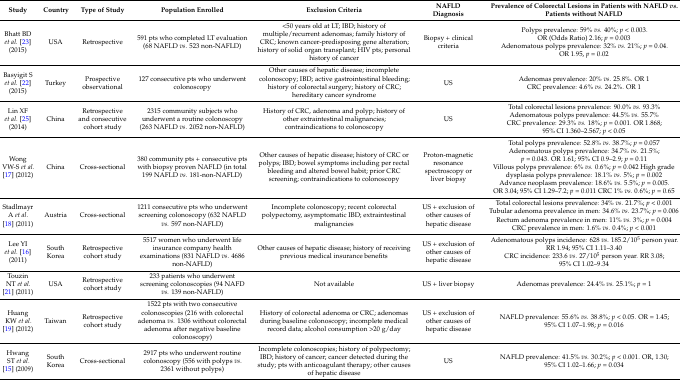
<table><thead><tr><td><b>Study</b></td><td><b>Country</b></td><td><b>Type of Study</b></td><td><b>Population Enrolled</b></td><td><b>Exclusion Criteria</b></td><td><b>NAFLD Diagnosis</b></td><td><b>Prevalence of Colorectal Lesions in Patients with NAFLD <i>vs.</i> Patients without NAFLD</b></td></tr></thead><tbody><tr><td>Bhatt BD <i>et al.</i> [23] (2015)</td><td>USA</td><td>Retrospective</td><td>591 pts who completed LT evaluation (68 NAFLD <i>vs.</i> 523 non-NAFLD)</td><td>&lt;50 years old at LT; IBD; history of multiple/recurrent adenomas; family history of CRC; known cancer-predisposing gene alteration; history of solid organ transplant; HIV pts; personal history of cancer</td><td>Biopsy + clinical criteria</td><td>Polyps prevalence: 59% <i>vs.</i> 40%; <i>p</i> &lt; 0.003. OR (Odds Ratio) 2.16; <i>p</i> = 0.003 Adenomatous polyps prevalence: 32% <i>vs.</i> 21%; <i>p</i> = 0.04. OR 1.95, <i>p</i> = 0.02</td></tr><tr><td>Basyigit S <i>et al.</i> [22] (2015)</td><td>Turkey</td><td>Prospective observational</td><td>127 consecutive pts who underwent colonoscopy</td><td>Other causes of hepatic disease; incomplete colonoscopy; IBD; active gastrointestinal bleeding; history of colorectal surgery; history of CRC; hereditary cancer syndrome</td><td>US</td><td>Adenomas prevalence: 20% <i>vs.</i> 25.8%. OR 1 CRC prevalence: 4.6% <i>vs.</i> 24.2%. OR 1</td></tr><tr><td>Lin XF <i>et al</i>. [25] (2014)</td><td>China</td><td>Retrospective and consecutive cohort study</td><td>2315 community subjects who underwent a routine colonoscopy (263 NAFLD <i>vs.</i> 2052 non-NAFLD)</td><td>History of CRC, adenoma and polyp; history of other extraintestinal malignancies; contraindications to colonoscopy</td><td>US</td><td>Total colorectal lesions prevalence: 90.0% <i>vs.</i> 93.3% Adenomatous polyps prevalence: 44.5% <i>vs.</i> 55.7% CRC prevalence: 29.3% <i>vs.</i> 18%; <i>p</i> = 0.001. OR 1.868; 95% CI 1.360–2.567; <i>p</i> &lt; 0.05</td></tr><tr><td>Wong VW-S <i>et al</i>. [17] (2012)</td><td>China</td><td>Cross-sectional</td><td>380 community pts + consecutive pts with biopsy proven NAFLD (in total 199 NAFLD <i>vs.</i> 181-non-NAFLD)</td><td>Other causes of hepatic disease; history of CRC or polyps; IBD; bowel symptoms including per rectal bleeding and altered bowel habit; prior CRC screening; contraindications to colonoscopy</td><td>Proton-magnetic resonance spectroscopy or liver biopsy</td><td>Total polyps prevalence: 52.8% <i>vs.</i> 38.7%; <i>p</i> = 0.057 Adenomatous polyps prevalence: 34.7% <i>vs.</i> 21.5%; <i>p</i> = 0.043. OR 1.61; 95% CI 0.9–2.9; <i>p</i> = 0.11 Villous polyps prevalence: 6% <i>vs.</i> 0.6%; <i>p</i> = 0.042 High grade dysplasia polyps prevalence: 18.1% <i>vs.</i> 5%; <i>p</i> = 0.002 Advance neoplasm prevalence: 18.6% <i>vs.</i> 5.5%; <i>p</i> = 0.005. OR 3.04; 95% CI 1.29–7.2; <i>p</i> = 0.011 CRC 1% <i>vs.</i> 0.6%; <i>p</i> = 0.65</td></tr><tr><td>Stadlmayr A <i>et al.</i> [18] (2011)</td><td>Austria</td><td>Cross-sectional</td><td>1211 consecutive pts who underwent screening colonoscopy (632 NAFLD <i>vs.</i> 597 non-NAFLD)</td><td>Incomplete colonoscopy; recent colorectal polypectomy, asymptomatic IBD; extraintestinal malignancies</td><td>US + exclusion of other causes of hepatic disease</td><td>Total colorectal lesions prevalence: 34% <i>vs.</i> 21.7%; <i>p</i> &lt; 0.001 Tubular adenoma prevalence in men: 34.6% <i>vs.</i> 23.7%; <i>p</i> = 0.006 Rectum adenoma prevalence in men: 11% <i>vs.</i> 3%; <i>p</i> = 0.004 CRC prevalence in men: 1.6% <i>vs.</i> 0.4%; <i>p</i> &lt; 0.001</td></tr><tr><td>Lee YI <i>et al</i>. [16] (2011)</td><td>South Korea</td><td>Retrospective cohort study</td><td>5517 women who underwent life insurance company health examinations (831 NAFLD <i>vs.</i> 4686 non-NAFLD)</td><td>Other causes of hepatic disease; history of receiving previous medical insurance benefits</td><td>US + exclusion of other causes of hepatic disease</td><td>Adenomatous polyps incidence: 628 <i>vs.</i> 185.2/10<sup>5</sup> person year. RR 1.94; 95% CI 1.11–3.40 CRC incidence: 233.6 <i>vs.</i> 27/10<sup>5</sup> person year. RR 3.08; 95% CI 1.02–9.34</td></tr><tr><td>Touzin NT <i>et al.</i> [21] (2011)</td><td>USA</td><td>Retrospective cohort study</td><td>233 patients who underwent screening colonoscopies (94 NAFD <i>vs.</i> 139 non-NAFLD)</td><td>Not available</td><td>US + liver biopsy</td><td>Adenomas prevalence: 24.4% <i>vs.</i> 25.1%; <i>p</i> = 1</td></tr><tr><td>Huang KW <i>et al</i>. [19] (2012)</td><td>Taiwan</td><td>Retrospective cohort study</td><td>1522 pts with two consecutive colonoscopies (216 with colorectal adenoma <i>vs.</i> 1306 without colorectal adenoma after negative baseline colonoscopy)</td><td>History of colorectal adenoma or CRC; adenomas during baseline colonoscopy; incomplete medical record data; alcohol consumption &gt;20 g/day</td><td>US + exclusion of other causes of hepatic disease</td><td>NAFLD prevalence: 55.6% <i>vs.</i> 38.8%; <i>p</i> &lt; 0.05. OR = 1.45; 95% CI 1.07–1.98; <i>p</i> = 0.016</td></tr><tr><td>Hwang ST <i>et al</i>. [15] (2009)</td><td>South Korea</td><td>Cross-sectional</td><td>2917 pts who underwent routine colonoscopy (556 with polyps <i>vs.</i> 2361 without polyps)</td><td>Incomplete colonoscopies; history of polypectomy; IBD; history of cancer; cancer detected during the study; pts with anticoagulant therapy; other causes of hepatic disease</td><td>US</td><td>NAFLD prevalence: 41.5% <i>vs.</i> 30.2%; <i>p</i> &lt; 0.001. OR, 1.30; 95% CI 1.02–1.66; <i>p</i> = 0.034</td></tr></tbody></table>